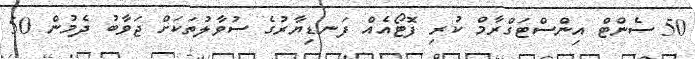
50 ސެންޓް އިންސްޓަގްރާމް ކުރި ފޮޓޯއެއް ފަނޑިޔާރުގެ ސުވާލުތަކަށް ޖަވާބު ދެމުން 50